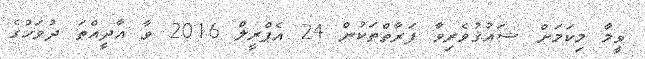
ވީމާ މިކަމަށް ޝައުޤުވެރިވާ ފަރާތްތަކުން 24 އެޕްރީލް 2016 ވާ އާދީއްތަ ދުވަހުގެ